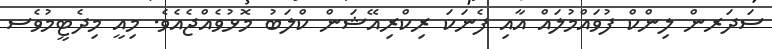
ސަދަރން ލިންކް ފުވައްމުލައް އާއި ފެނަކަ ރިކްރިއޭޝަން ކްލަބު މޮޅުވެއްޖެއެވެ. މިއީ މިދެޓީމުވެސ